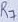
Text: R7